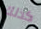
كذلك